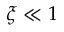
\xi \ll 1